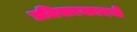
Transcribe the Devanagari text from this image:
प्रतिसरकारचे